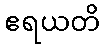
ဧရယတိ